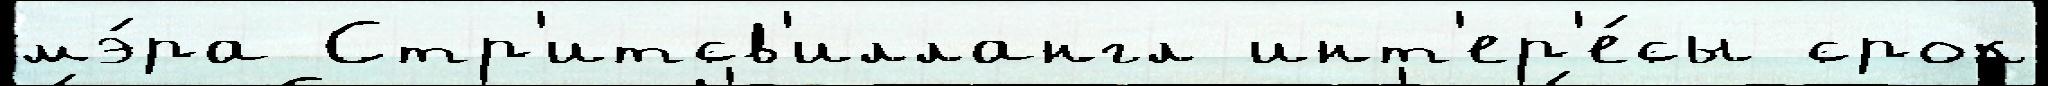
мэ́ра Стр'итсв'иллангл инт'ер'е́сы срок